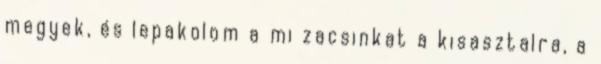
megyek, és lepakolom a mi zacsinkat a kisasztalra, a